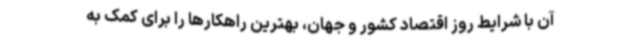
آن با شرایط روز اقتصاد کشور و جهان، بهترین راهکارها را برای کمک به